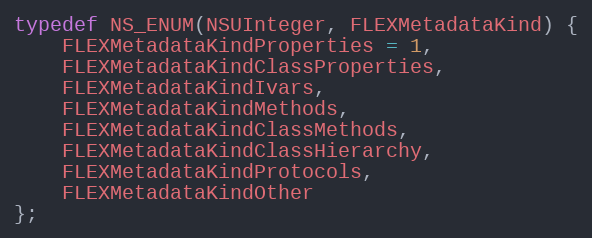
Language: C
typedef NS_ENUM(NSUInteger, FLEXMetadataKind) {
    FLEXMetadataKindProperties = 1,
    FLEXMetadataKindClassProperties,
    FLEXMetadataKindIvars,
    FLEXMetadataKindMethods,
    FLEXMetadataKindClassMethods,
    FLEXMetadataKindClassHierarchy,
    FLEXMetadataKindProtocols,
    FLEXMetadataKindOther
};